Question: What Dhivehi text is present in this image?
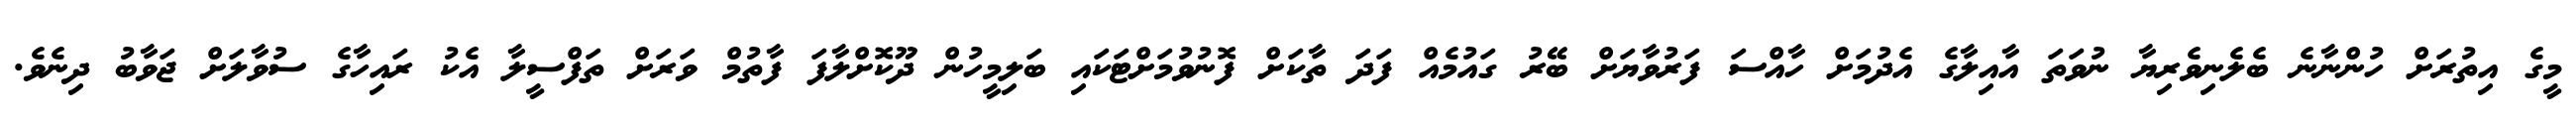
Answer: މީގެ އިތުރަށް ހުންނާނެ ބެލެނިވެރިޔާ ނުވަތަ އާއިލާގެ އެދުމަށް ހާއްސަ ފަރުވާޔަށް ބޭރު ގައުމެއް ފަދަ ތާކަށް ފޮނުވުމަށްޓަކައި ބަލިމީހުން ދޫކޮށްލާފަ ފާތުމް ވަރަށް ތަފްސީލާ އެކު ރައިހާގެ ސުވާލަށް ޖަވާބު ދިނެވެ.